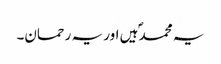
یہ محمدؐ ہیں اور یہ رحمان۔